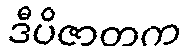
ဒီပိဇာတက